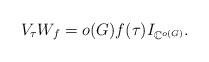
LaTeX: \begin{align*} V_\tau W_f=o(G)f(\tau)I_{\mathbb{C}^{o(G)}}. \end{align*}